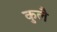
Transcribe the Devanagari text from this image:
कुलै